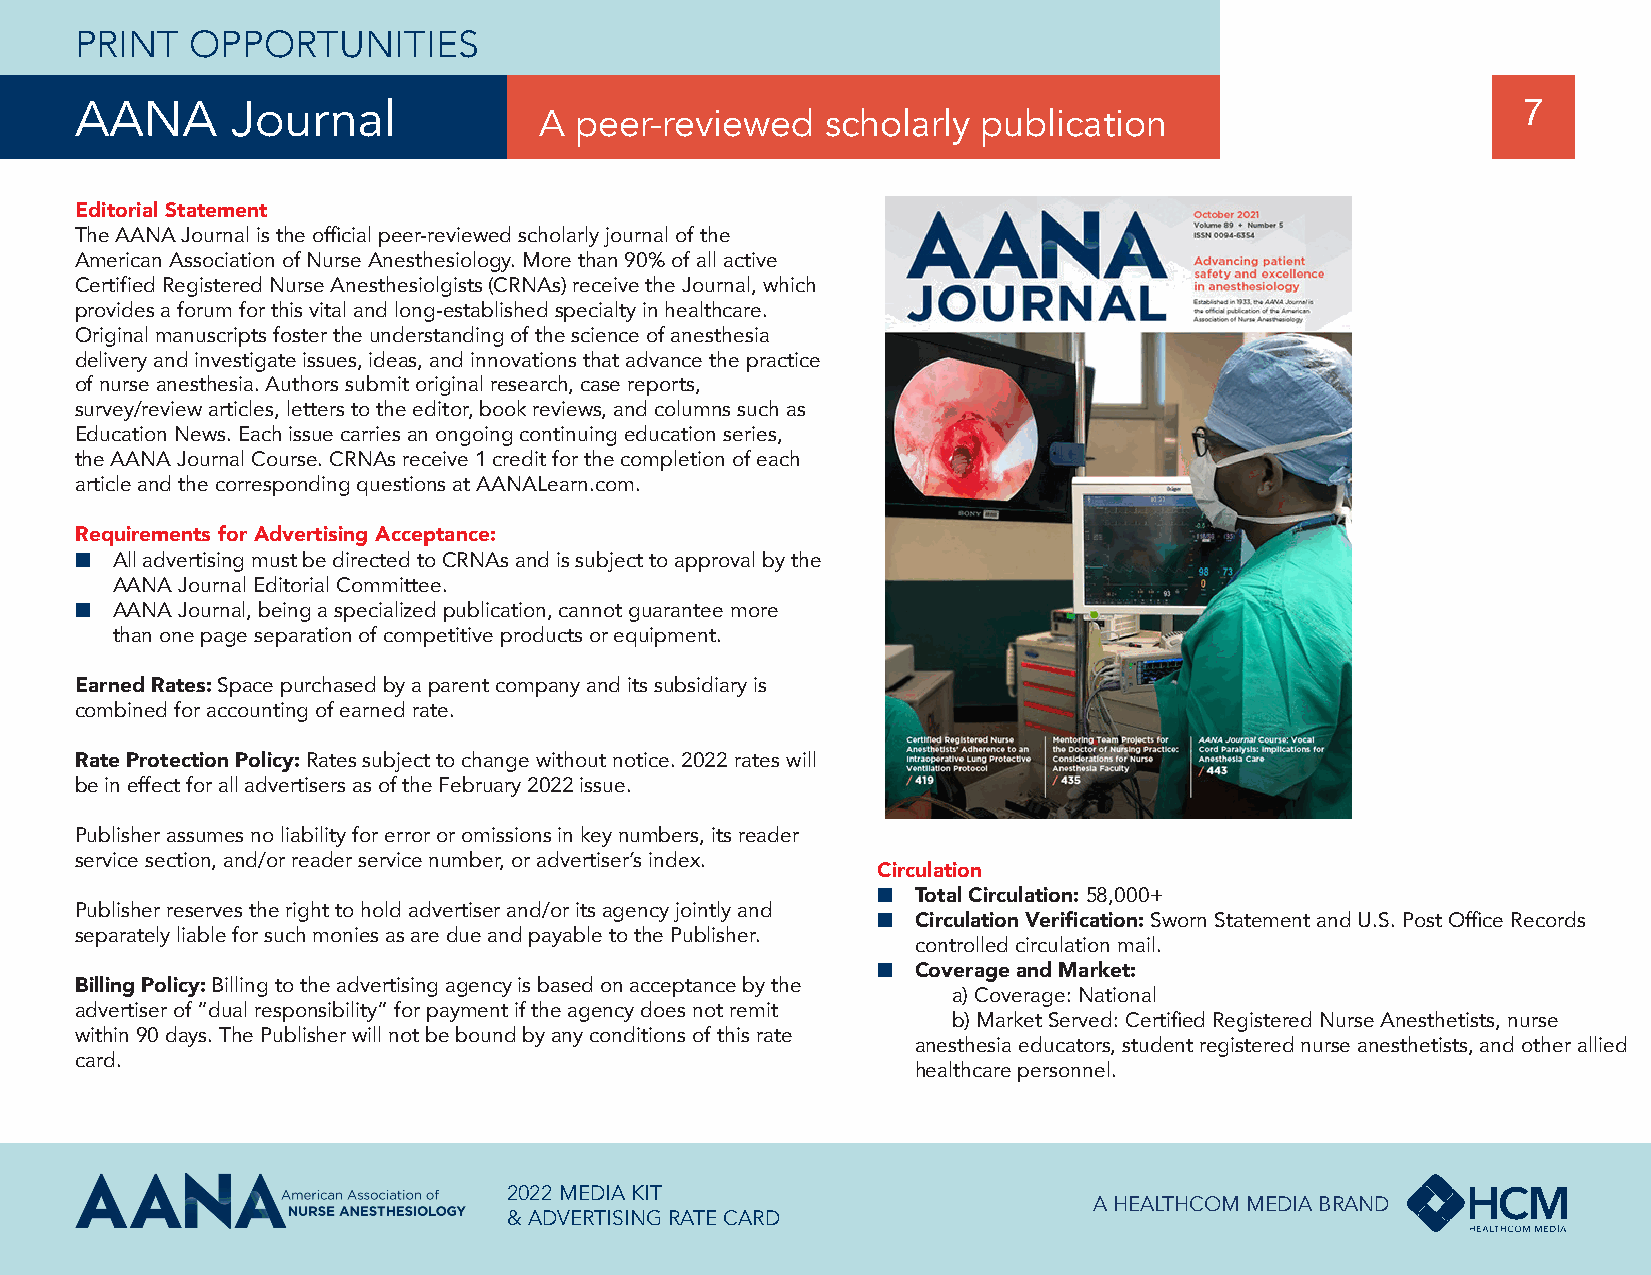
PRINT   OPPORTUNITIES
 AANA      Journal              A peer-reviewed    scholarly publication                         7
 Editorial Statement
 The AANA Journal is the official peer-reviewed scholarly journal of the
 American Association of Nurse Anesthesiology. More than 90% of all active
 Certified Registered Nurse Anesthesiolgists (CRNAs) receive the Journal, which
 provides a forum for this vital and long-established specialty in healthcare.
 Original manuscripts foster the understanding of the science of anesthesia
 delivery and investigate issues, ideas, and innovations that advance the practice
 of nurse anesthesia. Authors submit original research, case reports,
 survey/review articles, letters to the editor, book reviews, and columns such as
 Education News. Each issue carries an ongoing continuing education series,
 the AANA Journal Course. CRNAs receive 1 credit for the completion of each
 article and the corresponding questions at AANALearn.com.
 Requirements for Advertising Acceptance:
 ■ All advertising must be directed to CRNAs and is subject to approval by the
 AANA Journal Editorial Committee.
 ■ AANA Journal, being a specialized publication, cannot guarantee more
 than one page separation of competitive products or equipment.
 Earned Rates: Space purchased by a parent company and its subsidiary is
 combined for accounting of earned rate.
 Rate Protection Policy: Rates subject to change without notice. 2022 rates will
 be in effect for all advertisers as of the February 2022 issue.
 Publisher assumes no liability for error or omissions in key numbers, its reader
 service section, and/or reader service number, or advertiser’s index.
 Circulation
 ■  Total Circulation: 58,000+
 Publisher reserves the right to hold advertiser and/or its agency jointly and ■ Circulation Verification: Sworn Statement and U.S. Post Office Records
 separately liable for such monies as are due and payable to the Publisher.
 controlled circulation mail.
 ■
 Coverage and Market:
 Billing Policy: Billing to the advertising agency is based on acceptance by the
 a)Coverage: National
 advertiser of “dual responsibility” for payment if the agency does not remit
 b)Market Served: Certified Registered Nurse Anesthetists, nurse
 within 90 days. The Publisher will not be bound by any conditions of this rate
 anesthesia educators, student registered nurse anesthetists, and other allied
 card.
 healthcare personnel.
 2022 MEDIA KIT
 A HEALTHCOM MEDIA BRAND
 & ADVERTISING RATE CARD